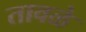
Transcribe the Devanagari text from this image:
तावळे